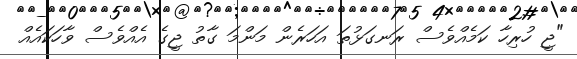
"ޖީ ހުރިހާ ކަމެއްވެސް ރަނގަޅުތަ އަހަރެން މަންމަ ގާތު ޖީގެ އެއްވެސް ވާހަކައެއް